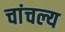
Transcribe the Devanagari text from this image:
चांचल्य